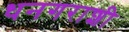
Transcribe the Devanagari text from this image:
धनगराशी